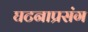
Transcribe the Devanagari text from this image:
घटनाप्रसंग